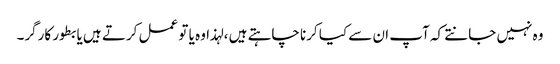
وہ نہیں جانتے کہ آپ ان سے کیا کرنا چاہتے ہیں ، لہذا وہ یا تو عمل کرتے ہیں یا بطور کارگر۔